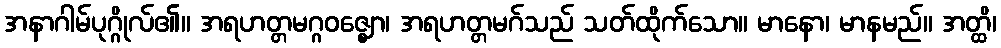
အနာဂါမ်ပုဂ္ဂိုလ်၏။ အရဟတ္တမဂ္ဂဝဇ္ဈော၊ အရဟတ္တမဂ်သည် သတ်ထိုက်သော။ မာနော၊ မာနမည်။ အတ္ထိ၊